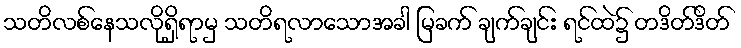
သတိလစ်နေသလိုရှိရာမှ သတိရလာသောအခါ မြခက် ချက်ချင်း ရင်ထဲ၌ တဒိတ်ဒိတ်